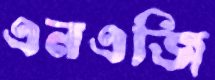
এনএজি